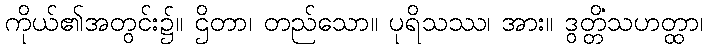
ကိုယ်၏အတွင်း၌။ ဌိတာ၊ တည်သော။ ပုရိသဿ၊ အား။ ဒွတ္တိံသဟတ္ထာ၊